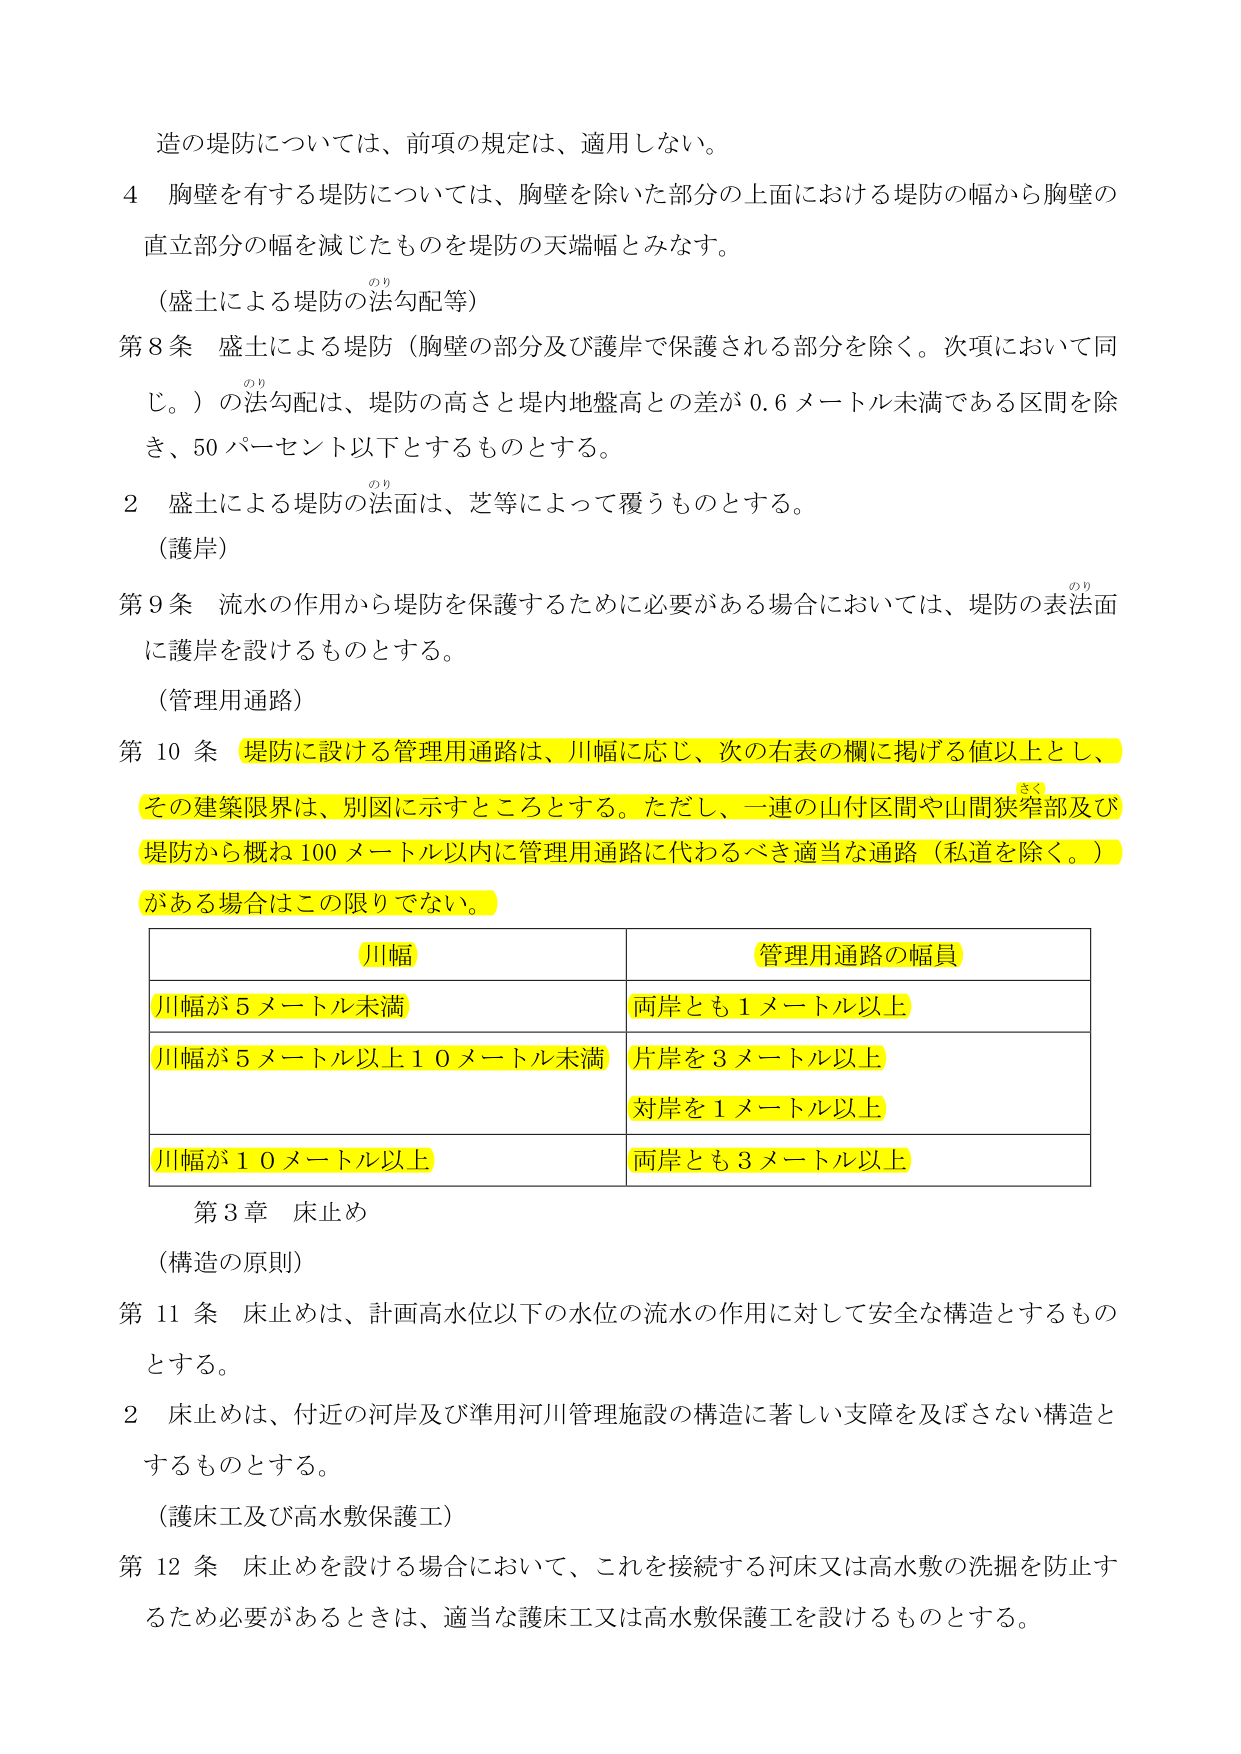
造の堤防については、前項の規定は、適用しない。

4 胸壁を有する堤防については、胸壁を除いた部分の上面における堤防の幅から胸壁の直立部分の幅を減じたものを堤防の天端幅とみなす。

（盛土による堤防の法勾配等）

第8条 盛土による堤防（胸壁の部分及び護岸で保護される部分を除く。次項において同じ。）の法勾配は、堤防の高さと堤内地盤高との差が0.6メートル未満である区間を除き、50パーセント以下とするものとする。

2 盛土による堤防の法面は、芝等によって覆うものとする。

（護岸）

第9条 流水の作用から堤防を保護するために必要がある場合においては、堤防の表法面に護岸を設けるものとする。

（管理用通路）

第10条 堤防に設ける管理用通路は、川幅に応じ、次の右表の欄に掲げる値以上とし、その建築限界は、別図に示すところとする。ただし、一連の山付区間や山間狭窄部及び堤防から概ね100メートル以内に管理用通路に代わるべき適当な通路（私道を除く。）がある場合はこの限りでない。

| 川幅 | 管理用通路の幅員 |
|------|------------------|
| 川幅が5メートル未満 | 両岸とも1メートル以上 |
| 川幅が5メートル以上10メートル未満 | 片岸を3メートル以上<br>対岸を1メートル以上 |
| 川幅が10メートル以上 | 両岸とも3メートル以上 |

第3章 床止め

（構造の原則）

第11条 床止めは、計画高水位以下の水位の流水の作用に対して安全な構造とするものとする。

2 床止めは、付近の河岸及び準用河川管理施設の構造に著しい支障を及ぼさない構造とするものとする。

（護床工及び高水敷保護工）

第12条 床止めを設ける場合において、これを接続する河床又は高水敷の洗掘を防止するため必要があるときは、適当な護床工又は高水敷保護工を設けるものとする。